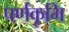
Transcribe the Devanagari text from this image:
पर्णकृमि